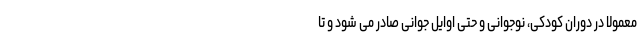
معمولاً در دوران کودکی، نوجوانی و حتی اوایل جوانی صادر می شود و تا